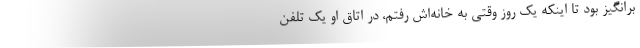
برانگیز بود تا اینکه یک روز وقتی به خانه‌اش رفتم، در اتاق او یک تلفن